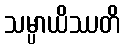
သမ္ပာယိဿတိ